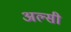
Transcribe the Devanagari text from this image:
अल्‍सी